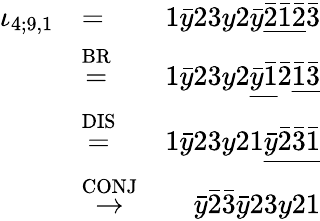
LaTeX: \begin{array}{rlr}{\iota_{4;9,1}}&{=}&{1\bar{y}23y2\bar{y}\underline{{\bar{2}\bar{1}\bar{2}}}\bar{3}}\\ &{\stackrel{\mathrm{BR}}{=}}&{1\bar{y}23y2\underline{{\bar{y}\bar{1}}}\bar{2}\underline{{\bar{1}\bar{3}}}}\\ &{\stackrel{\mathrm{DIS}}{=}}&{1\bar{y}23y21\underline{{\bar{y}\bar{2}\bar{3}\bar{1}}}}\\ &{\stackrel{\mathrm{CONJ}}{\to}}&{\bar{y}\bar{2}\bar{3}\bar{y}23y21}\end{array}